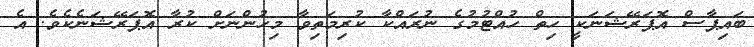
ބައިޕާސް އޮޕަރޭޝަނަކީ ހިތް ހުއްޓުމުގެ ނުރައްކާ ކުރިމަތިވާ މިހުންނަށް ކުރާ އޮޕަރޭޝަނެކެވެ. އެ